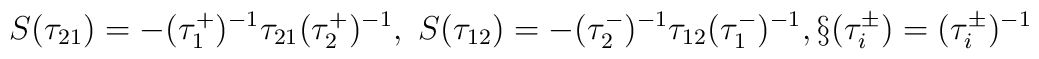
S (  \tau_{21})= - (\tau_1^{+ })^{-1} \tau_{21 } (\tau_2^{+ })^{-1}, \  S (  \tau_{12})= - (\tau_2^{- })^{-1} \tau_{12 } (\tau_1^{- })^{-1}, \S (\tau_i^{\pm })  = (\tau_i^{\pm })^{-1}